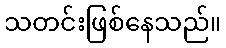
သတင်းဖြစ်နေသည်။